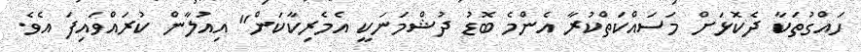
ހައްގުތަކާ ދެކޮޅަށް މަސައްކަތްކުރާ އެންމެ ބޮޑު ދުޝްމަނަކީ އެމެރިކާކަން" އިއުލާން ކުރައްވައިފަ އެވެ.